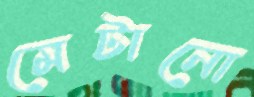
মেটানো